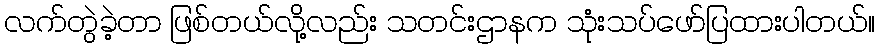
လက်တွဲခဲ့တာ ဖြစ်တယ်လို့လည်း သတင်းဌာနက သုံးသပ်ဖော်ပြထားပါတယ်။